Anatomy and histology of ticks - Number 23
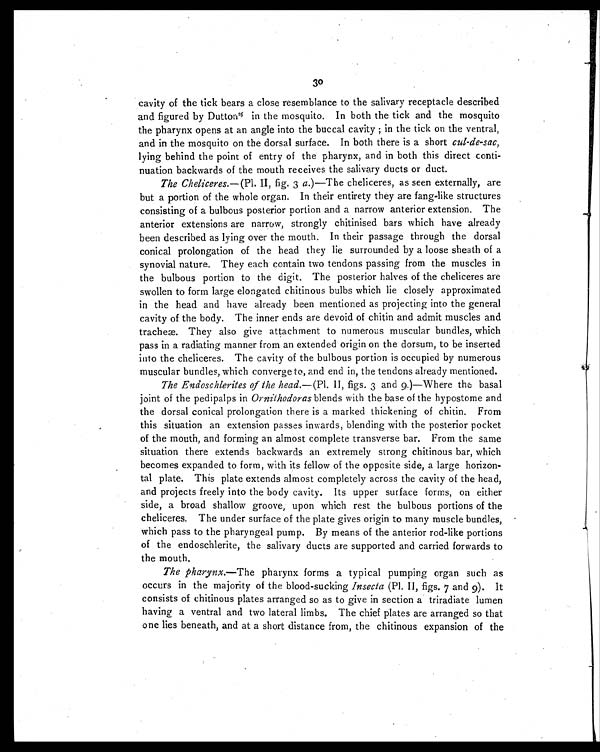
30
cavity of the tick bears a close resemblance to the salivary receptacle described
and figured by Dutton25in the mosquito. In both the tick and the mosquito
the pharynx opens at an angle into the buccal cavity; in the tick on the ventral,
and in the mosquito on the dorsal surface. In both there is a short cul-de-sac,
lying behind the point of entry of the pharynx, and in both this direct conti-
nuation backwards of the mouth receives the salivary ducts or duct.
The Cheliceres. —(Pl. II, fig. 3 a.)—The cheliceres, as seen externally, are
but a portion of the whole organ. In their entirety they are fang-like structures
consisting of a bulbous posterior portion and a narrow anterior extension. The
anterior extensions are narrow, strongly chitinised bars which have already
been described as lying over the mouth. In their passage through the dorsal
conical prolongation of the head they lie surrounded by a loose sheath of a
synovial nature. They each contain two tendons passing from the muscles in
the bulbous portion to the digit. The posterior halves of the cheliceres are
swollen to form large elongated chitinous bulbs which lie closely approximated
in the head and have already been mentioned as projecting into the general
cavity of the body. The inner ends are devoid of chitin and admit muscles and
tracheæ. They also give attachment to numerous muscular bundles, which
pass in a radiating manner from an extended origin on the dorsum, to be inserted
into the cheliceres. The cavity of the bulbous portion is occupied by numerous
muscular bundles, which converge to, and end in, the tendons already mentioned.
The Endoschlerites of the head. —(Pl. II, figs. 3 and 9.)—Where the basal
joint of the pedipalps in Ornithodoras blends with the base of the hypostome and
the dorsal conical prolongation there is a marked thickening of chitin. From
this situation an extension passes inwards, blending with the posterior pocket
of the mouth, and forming an almost complete transverse bar. From the same
situation there extends backwards an extremely strong chitinous bar, which
becomes expanded to form, with its fellow of the opposite side, a large horizon-
tal plate. This plate extends almost completely across the cavity of the head,
and projects freely into the body cavity. Its upper surface forms, on either
side, a broad shallow groove, upon which rest the bulbous portions of the
cheliceres. The under surface of the plate gives origin to many muscle bundles,
which pass to the pharyngeal pump. By means of the anterior rod-like portions
of the endoschlerite, the salivary ducts are supported and carried forwards to
the mouth.
The pharynx.—The pharynx forms a typical pumping organ such as
occurs in the majority of the blood-sucking Insecta (Pl. II, figs. 7 and 9). It
consists of chitinous plates arranged so as to give in section a triradiate lumen
having a ventral and two lateral limbs. The chief plates are arranged so that
one lies beneath, and at a short distance from, the chitinous expansion of the